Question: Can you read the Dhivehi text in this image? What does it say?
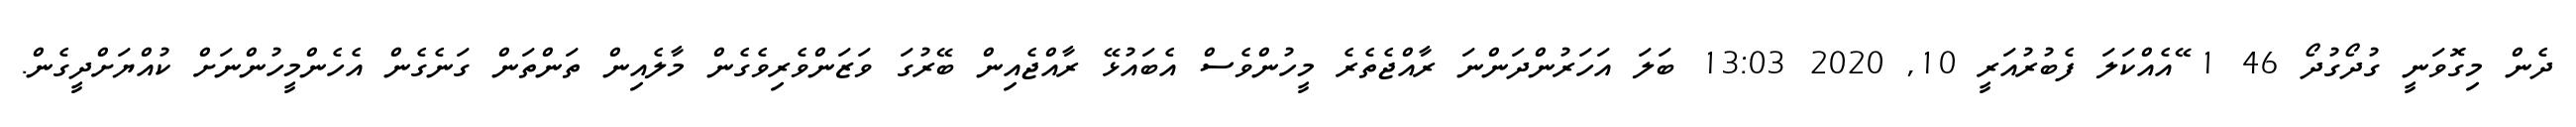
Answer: ދެން މިގޮވަނީ ގުދޯގުދޯ 46 1 ޭއެއްކަލަ ފެބުރުއަރީ 10, 2020 13:03 ބަލަ އަހަރުންދަންނަ ރާއްޖެތެރެ މީހުންވެސް އެބައުޅޭ ރާއްޖެއިން ބޭރުގަ ވަޒަންވެރިވެގެން މާލެއިން ތަންތަން ގަނެގެން އެހެންމީހުންނަށް ކުއްޔަށްދީގެން.